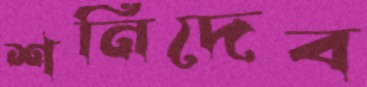
শনিদেব